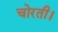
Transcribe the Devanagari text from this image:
चोरती।